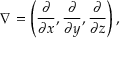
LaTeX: \nabla = \left( { \frac { \partial } { \partial x } } , { \frac { \partial } { \partial y } } , { \frac { \partial } { \partial z } } \right) ,